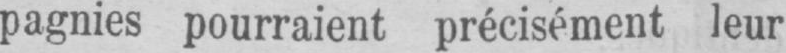
pagnies pourraient précisément leur